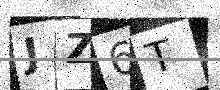
Text: JZ6T